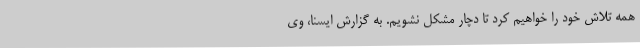
همه تلاش خود را خواهیم کرد تا دچار مشکل نشویم. به گزارش ایسنا، وی